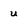
Character: u